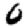
Digit: 0